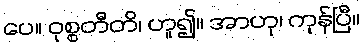
ပေ။ ဝုစ္စတီတိ၊ ဟူ၍။ အာဟု၊ ကုန်ပြီ။